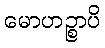
မောဟဉ္စာပိ